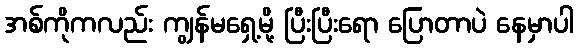
အစ်ကိုကလည်း ကျွန်မရှေ့မို့ ပြီးပြီးရော ပြောတာပဲ နေမှာပါ